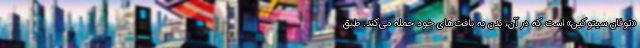
«توفان سیتوکین» است که در آن، بدن به بافت‌های خود حمله می‌کند. طبق